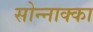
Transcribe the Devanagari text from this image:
सोन्नाक्का